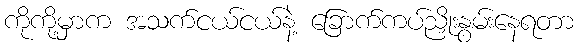
ကိုကို့မှာက အသက်ငယ်ငယ်နဲ့ ခြောက်ကပ်ညှိုးနွမ်းနေရတာ